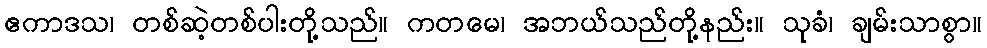
ဧကာဒသ၊ တစ်ဆဲ့တစ်ပါးတို့သည်။ ကတမေ၊ အဘယ်သည်တို့နည်း။ သုခံ၊ ချမ်းသာစွာ။